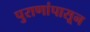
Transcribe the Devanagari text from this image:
पुराणांपासून